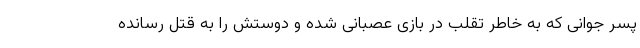
پسر جوانی که به خاطر تقلب در بازی عصبانی شده و دوستش را به قتل رسانده